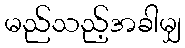
မည်သည့်အခါမျှ